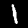
Digit: 1